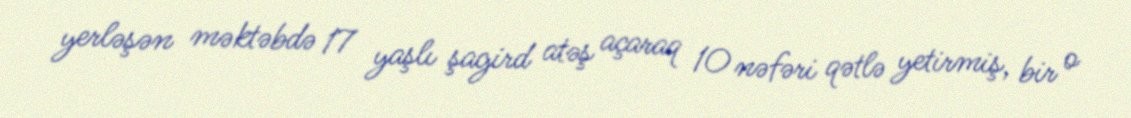
yerləşən məktəbdə 17 yaşlı şagird atəş açaraq 10 nəfəri qətlə yetirmiş, bir o